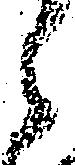
ら